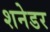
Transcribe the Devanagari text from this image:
शनेडर